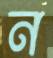
ন